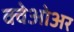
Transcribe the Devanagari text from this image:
क्वेओअर